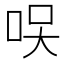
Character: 𠲂